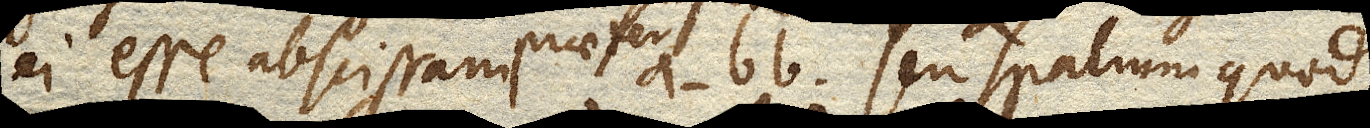
ei esse abscissam praeter a-bb seu spatium quod